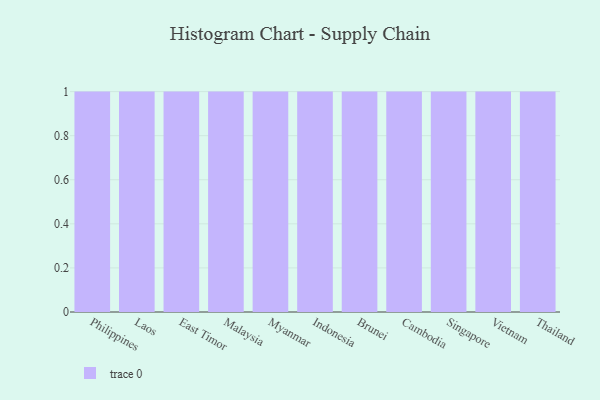
{"axis": {"x": "Country", "y": "Latency (ms)"}, "legend": [""], "data": [{"x": "Philippines", "y": 46, "type": ""}, {"x": "Laos", "y": 88, "type": ""}, {"x": "East Timor", "y": 44, "type": ""}, {"x": "Malaysia", "y": 85, "type": ""}, {"x": "Myanmar", "y": 22, "type": ""}, {"x": "Indonesia", "y": 73, "type": ""}, {"x": "Brunei", "y": 78, "type": ""}, {"x": "Cambodia", "y": 71, "type": ""}, {"x": "Singapore", "y": 81, "type": ""}, {"x": "Vietnam", "y": 28, "type": ""}, {"x": "Thailand", "y": 36, "type": ""}]}